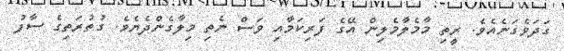
ގަދަވެގަނެއެވެ. ރީތި މާމެލާމެލިން އޭގެ ފަރިކަމާއި ވަސް ނެތި މިލާގެންދެޔެވެ. ގުތުރަތިގެ ސާފު